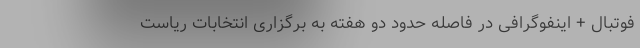
فوتبال + اینفوگرافی در فاصله حدود دو هفته به برگزاری انتخابات ریاست